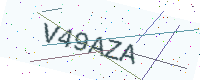
Text: V49AZA